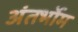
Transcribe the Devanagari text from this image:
अंतर्भोम